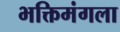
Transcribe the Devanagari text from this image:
भक्तिमंगला